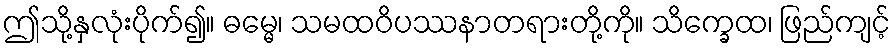
ဤသို့နှလုံးပိုက်၍။ ဓမ္မေ၊ သမထဝိပဿနာတရားတို့ကို။ သိက္ခေထ၊ ဖြည်ကျင့်